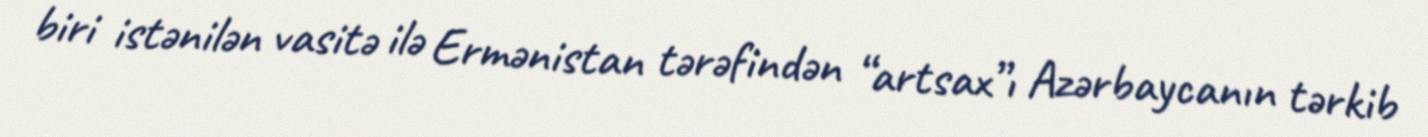
biri istənilən vasitə ilə Ermənistan tərəfindən “artsax”ı Azərbaycanın tərkib